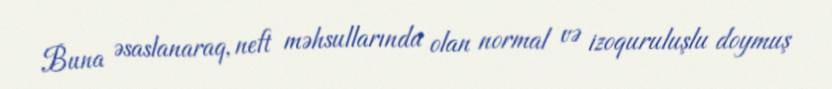
Buna əsaslanaraq, neft məhsullarında olan normal və izoquruluşlu doymuş